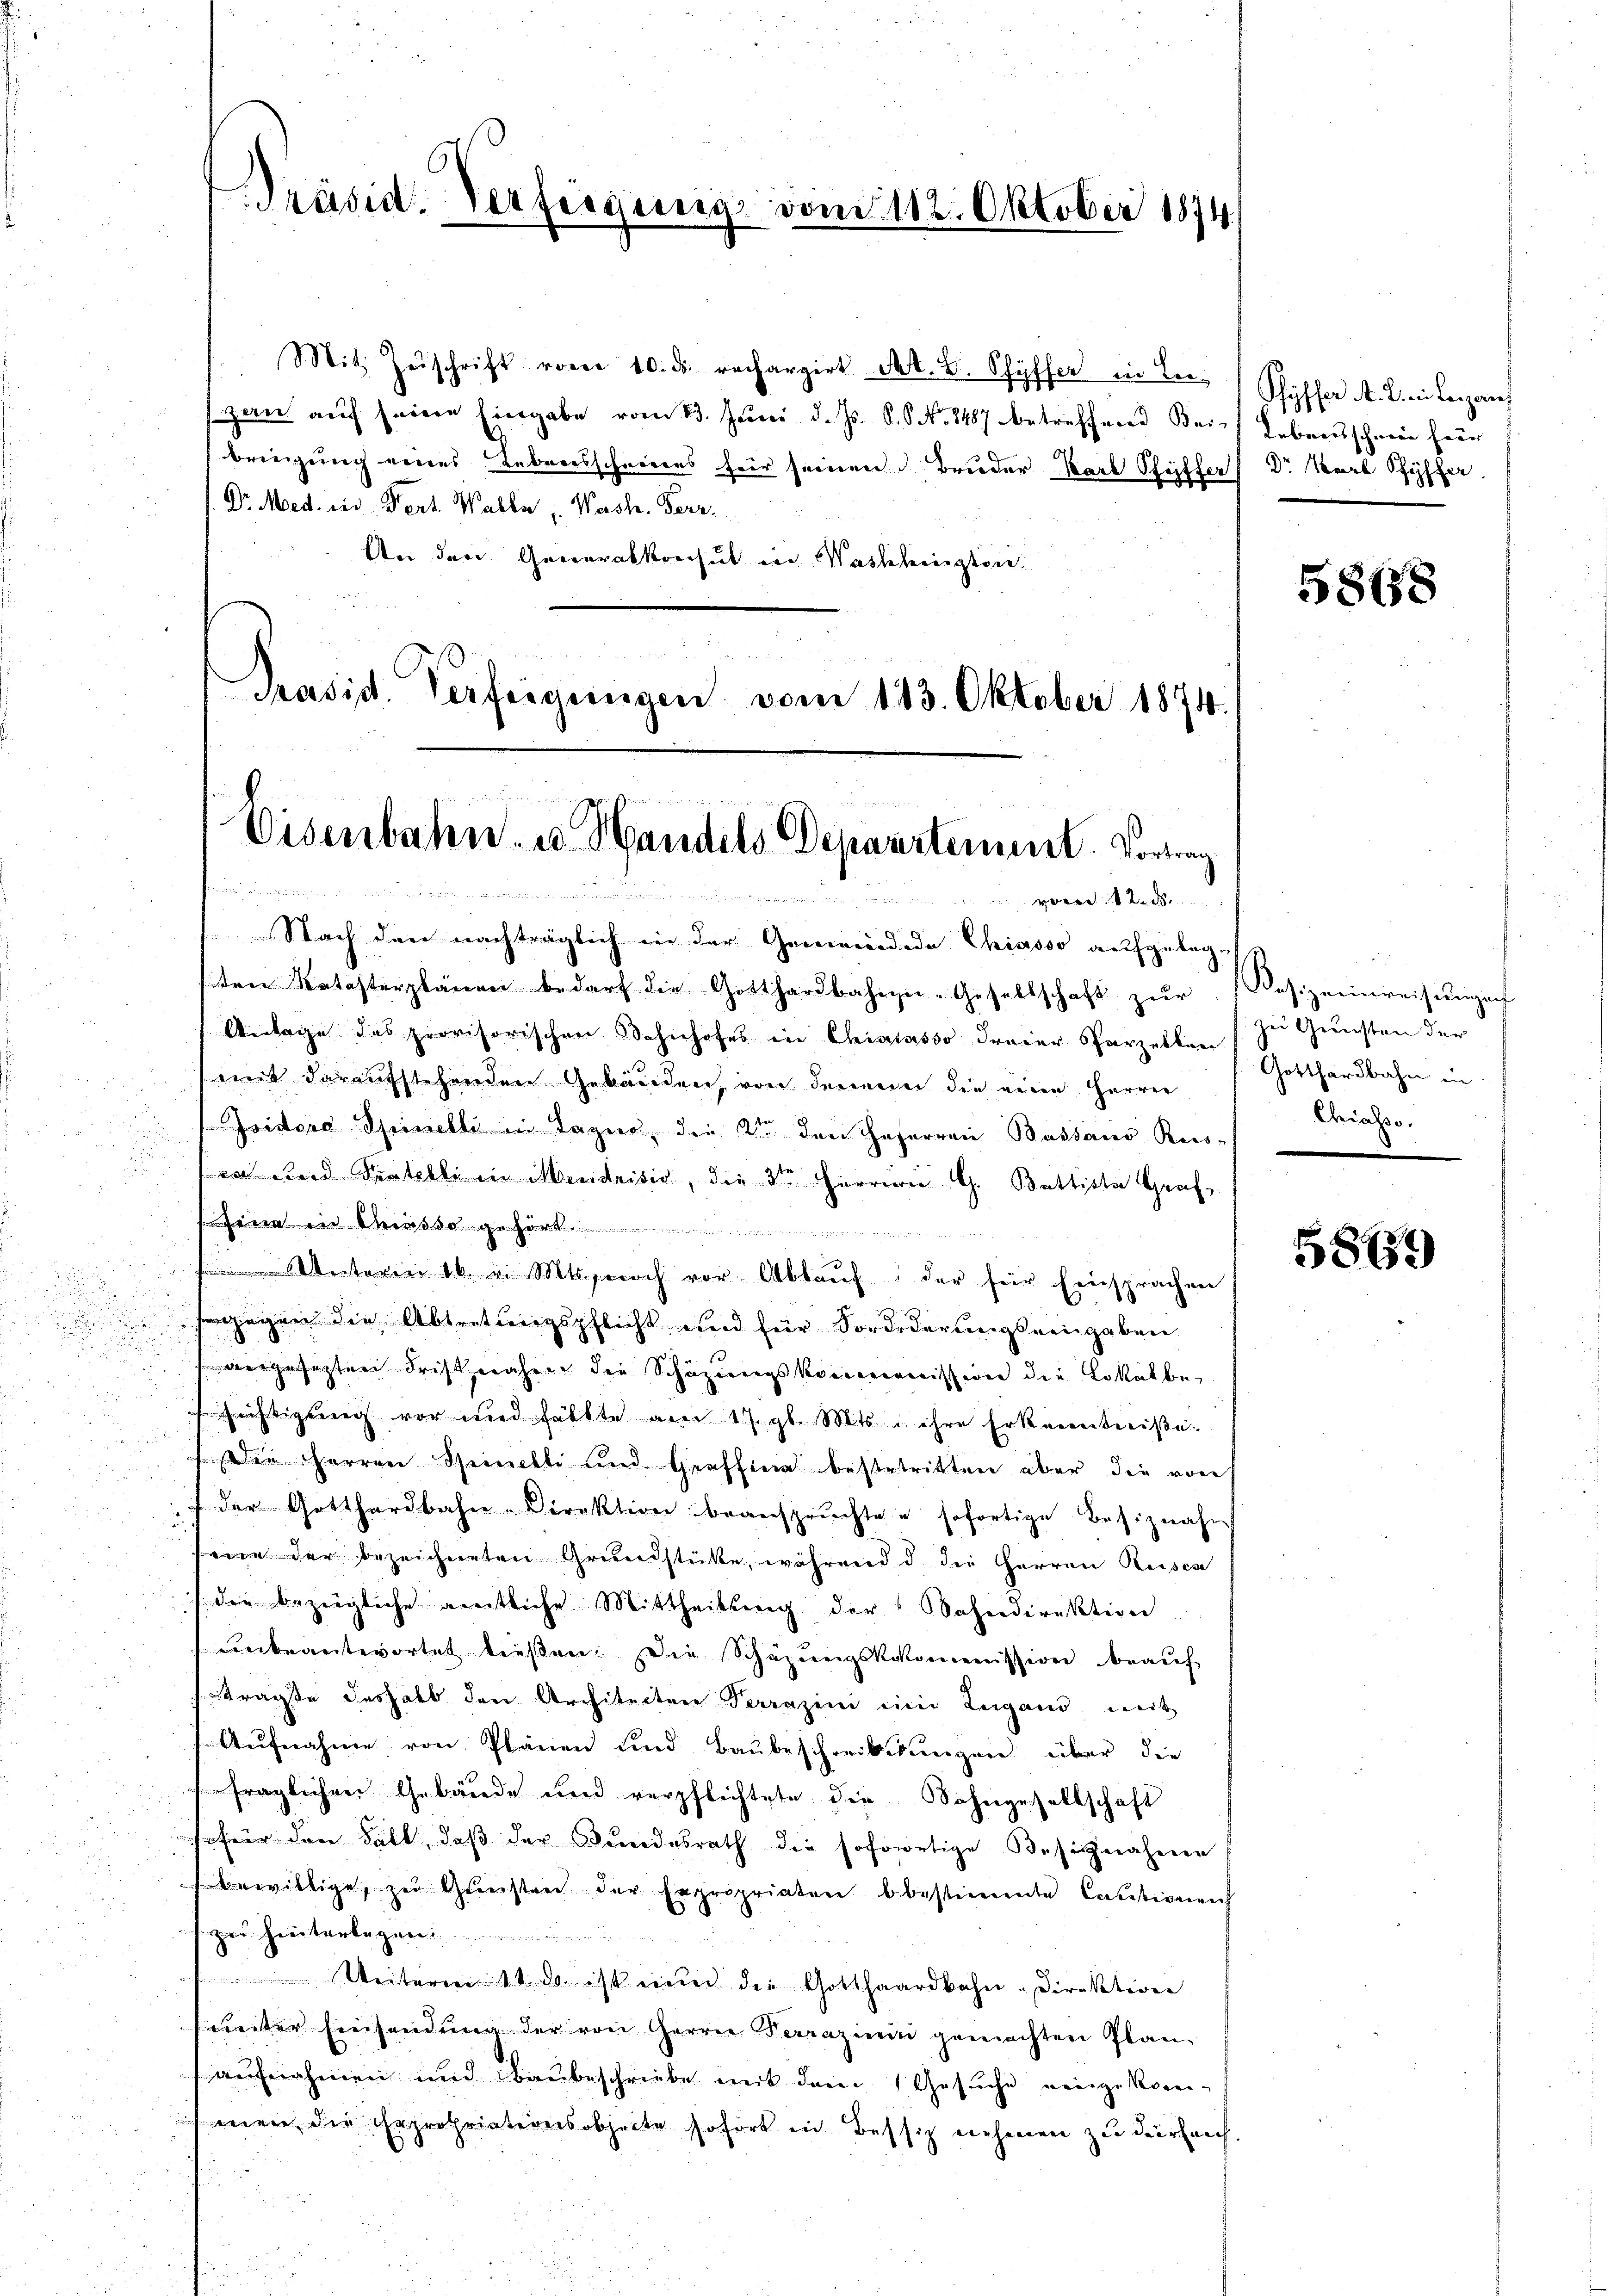
i
u
2

Präsid. Verfügung vom 112. Oktober 1874

Mit Zŭschrift vom 10. ds. rechargirt St. G. Schyffer in Leizan auf seine Eingabe vom 13. Juni d. Js. 8. No 8487 betreffend Bei-
bringung eines Lebreisschneeres für seinen Bruder Karl Pfeiffer
Dr. Med. ein Vert. Walla : Wash. Ferr
An den Generalkonsul in Washington
Präsid. Verfeigungen vom 113. Oktober 1874.

Eisenbahn u Handels Depaartement. Vortrag

t

von d
Nach den nachträglich in der Gemeindede Chiasso aufgeleg
ten Katasterplänen bedarf die Gotthardbahn-Gesellschaft zŭr
Antage des provisorischen Bahnhofes in Chiarasso dreier Parzellan
mit daraufstehenden Gebäuden, von denen die einen Herren
Jsidor Spinelli in Tagen, die der den Haferren Bassaus Rus-
.
ea und Pratelli in Mendrisis, die 3te Herren G. Buttiste Graf
u
Eine in Masse gehört
terie 16 v. Mts. noch vor Ablauf der für Einsprachen
rgegen die Abtretungspflicht und für Vordederungsrengaben
u

argesetzten Frist wahren die Schazungskommissiven die Lokalbe¬
L

2
esrichtigung vor und hälfte am 17. gl. Mts. ihre Erkenntniße.

Die Herren Speinetti und Graffina bestertritten über die von
i
r
 der Gotthardbahn-Direktion beanspruchte u. sofortige Besiznahm
ein der bezeichneten Grundstückte, während d die Herren Reises
der bezeigliche amtliche Mittheilung der Bahndirektion
ŭnbeantwortet diesen. Die Schäzŭngskakommission beaŭf
trägte deshalb den Architecter Verrazini ein Lugand mit
Aufnahme von Plänen und Baubeschreibstungen über die
fraglichen Gebäude und verpflichtete die Sohngesellschaft
so für den Sitt, daß der Bundesrath die sofortige Besitz näheren
bewillige, zu Gunsten der Expropriaten bestimmte Cautionen
zer heuterlegen
 Weiterm 1. ds. ist einer die Gotthaardbahn-Direktion
weiter Einsendung der von Herrn Perrazenii gemachten Plan
aufnahmen und baubeschriebe mit dem Gesuche eingekom-
men die Expropriationsobheite sofort in Bessitz nehmen zu dürfen,

Shyffer A. B. in Lenzans
Lebensschwei für
1 Dr Karl Schiffer

58158

Kas. zueinreisengen
zu Grunsten der
Gotthardbahn in
Chiasso.

5869